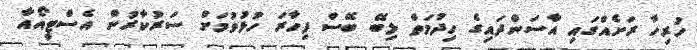
ހުރިހާ ރަށެއްގައި އާސަންދައިގެ ހިދުމަތް ލިބޭ ބޭސް ފިހާރަ ހުޅުވުމަށް ސަރުކާރުން އެސްޓީއޯއާ